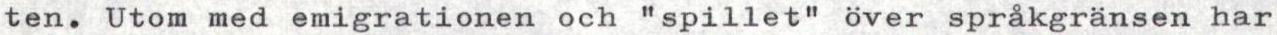
ten. Utom med emigrationen och "spillet" över språkgränsen har